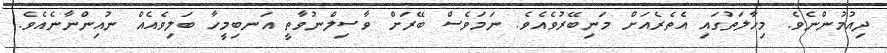
ދިއުމުންނެވެ. މިހާލަތުގައި އެތެރެއަށް މަނިބޭރުވެއެވެ. ނަމަވެސް ބޭރަށް ވާސިލްނުވާތީ އަނބިމީހާ ބަލިވެއެއް ނުއިންނާނެއެވެ.